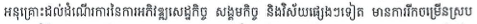
អនុគ្រោះដល់ដំណើរការនៃការអភិវឌ្ឍសេដ្ឋកិច្ច សង្គមកិច្ច និងវិស័យផ្សេងៗទៀត មានការរីកចម្រើនស្រប